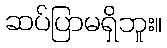
ဆပ်ပြာမရှိဘူး။